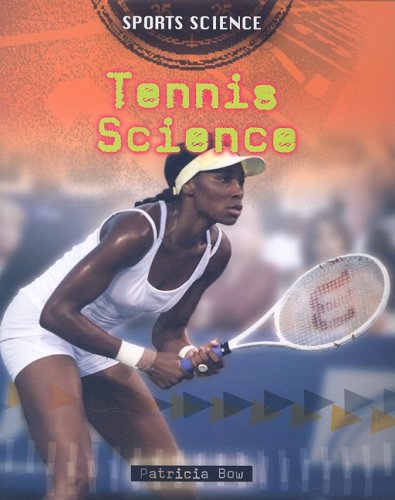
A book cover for Tennis Science (Sports Science); Patricia Bow; Children's Books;